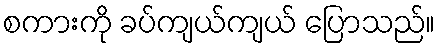
စကားကို ခပ်ကျယ်ကျယ် ပြောသည်။